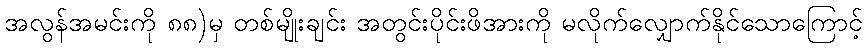
အလွန်အမင်းကို ၈၈)မှ တစ်မျိုးချင်း အတွင်းပိုင်းဖိအားကို မလိုက်လျှောက်နိုင်သောကြောင့်